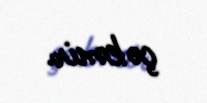
çəkmir.